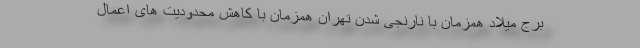
برج میلاد همزمان با نارنجی شدن تهران همزمان با کاهش محدودیت های اعمال